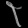
Digit: ၃